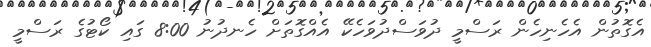
އެގޮތުން އެހެނިހެން ރަސްމީ ދުވަސްދުވަހެކޭ އެއްގޮތަށް ހެނދުނު 8:00 ގައި ކޯޓުގެ ރަސްމީ